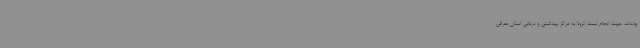
بوده‌اند، جهت انجام تست کرونا به مراکز بهداشتی و درمانی استان معرفی